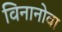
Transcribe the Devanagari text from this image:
विनानोवा